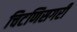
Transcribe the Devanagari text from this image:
चिटणिसगरी